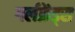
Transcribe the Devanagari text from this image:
गर्लफ्रेंड्स